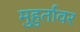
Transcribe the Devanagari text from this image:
मुहुर्तावर